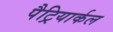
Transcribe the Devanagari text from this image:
पैट्रियार्कल